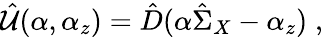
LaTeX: \hat{\cal U}(\alpha,\alpha_{z})=\hat{D}(\alpha\hat{\Sigma}_{X}-\alpha_{z})\; ,